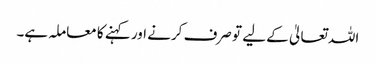
اللہ تعالیٰ کے لیے تو صرف کرنے اور کہنے کا معاملہ ہے۔